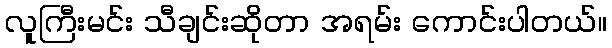
လူကြီးမင်း သီချင်းဆိုတာ အရမ်း ကောင်းပါတယ်။